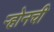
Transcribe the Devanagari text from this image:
ऱ्होनची